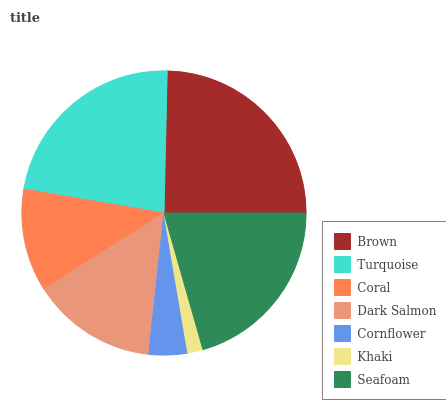
| Brown | Turquoise | Coral | Dark Salmon | Cornflower | Khaki | Seafoam |
 | --- | --- | --- | --- | --- | --- | --- |
 | 24.7% | 22.6% | 11.7% | 14.3% | 4.38% | 1.75% | 20.5% |